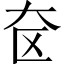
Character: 奁